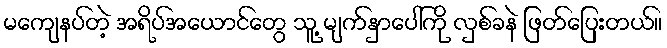
မကျေနပ်တဲ့ အရိပ်အယောင်တွေ သူ့ မျက်နှာပေါ်ကို လှစ်ခနဲ ဖြတ်ပြေးတယ်။